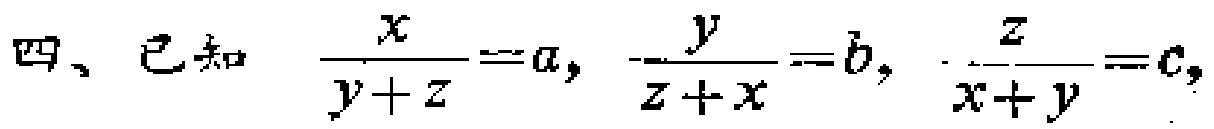
四、已知 $\frac{x}{y + z}=a,\ \frac{y}{z + x}=b,\ \frac{z}{x + y}=c,$